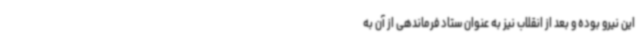
این نیرو بوده و بعد از انقلاب نیز به عنوان ستاد فرماندهی از آن به